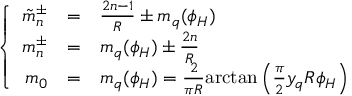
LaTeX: \left\{ \begin{array} { r c l } { { \displaystyle \tilde { m } _ { n } ^ { \pm } } } & { { = } } & { { \frac { 2 n - 1 } { R } \pm m _ { q } ( \phi _ { H } ) } } \\ { { \displaystyle m _ { n } ^ { \pm } } } & { { = } } & { { m _ { q } ( \phi _ { H } ) \pm \frac { 2 n } { R } } } \\ { { \displaystyle m _ { 0 } } } & { { = } } & { { m _ { q } ( \phi _ { H } ) = \frac { 2 } { \pi R } \mathrm { a r c t a n } \left( \frac { \pi } { 2 } y _ { q } R \phi _ { H } \right) } } \end{array} \right.